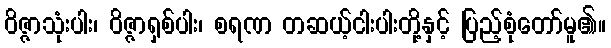
ဝိဇ္ဇာသုံးပါး၊ ဝိဇ္ဇာရှစ်ပါး၊ စရဏ တဆယ့်ငါးပါးတို့နှင့် ပြည့်စုံတော်မူ၏။